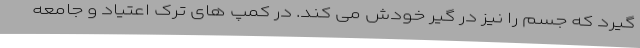
گیرد که جسم را نیز در گیر خودش می کند. در کمپ های ترک اعتیاد و جامعه